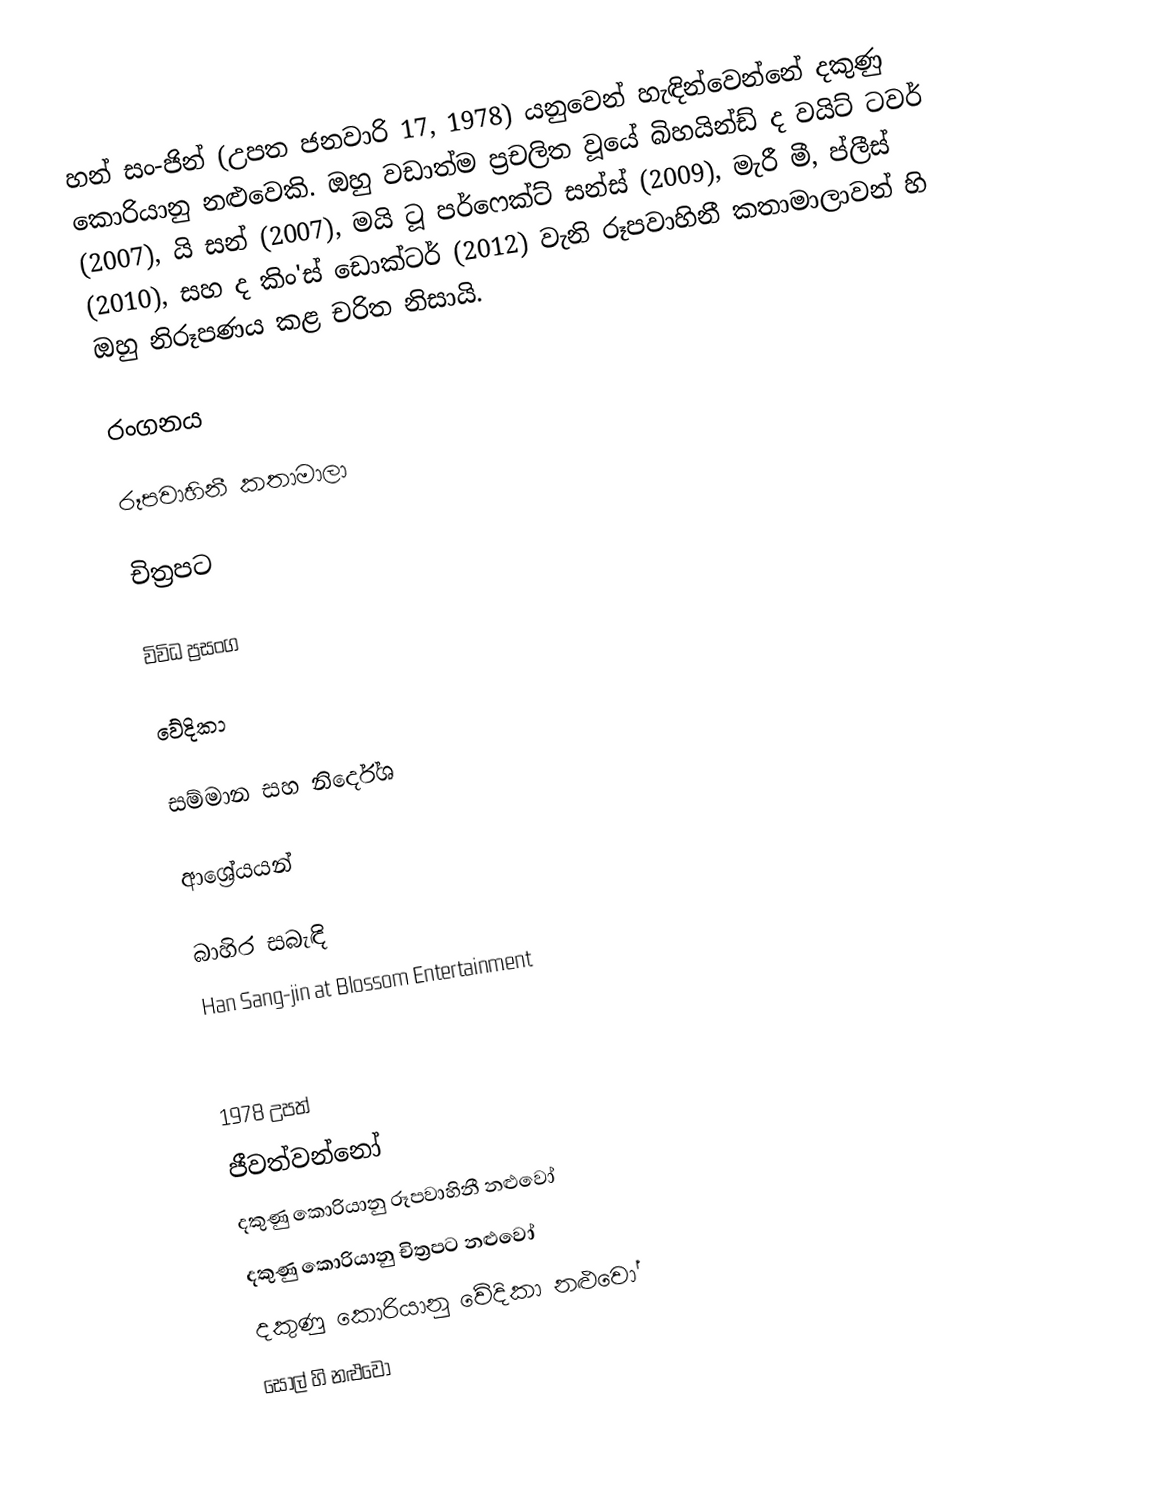
හන් සං-ජින් (උපත ජනවාරි 17, 1978) යනුවෙන් හැඳින්වෙන්නේ දකුණු කොරියානු නළුවෙකි. ඔහු වඩාත්ම ප්‍රචලිත වූයේ බිහයින්ඩ් ද වයිට් ටවර් (2007), යි සන් (2007), මයි ටූ පර්ෆෙක්ට් සන්ස් (2009), මැරී මී, ප්ලීස් (2010), සහ ද කිං'ස් ඩොක්ටර් (2012) වැනි රූපවාහිනී කතාමාලාවන් හි ඔහු නිරූපණය කළ චරිත නිසායි.

රංගනය

රූපවාහිනී කතාමාලා

චිත්‍රපට

විවිධ ප්‍රසංග

වේදිකා

සම්මාන සහ නිර්දේශ

ආශ්‍රේයයන්

බාහිර සබැඳි
 Han Sang-jin at Blossom Entertainment

1978 උපත්
ජීවත්වන්නෝ
දකුණු කොරියානු රූපවාහිනී නළුවෝ
දකුණු කොරියානු චිත්‍රපට නළුවෝ
දකුණු කොරියානු වේදිකා නළුවෝ
සෝල් හි නළුවෝ